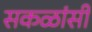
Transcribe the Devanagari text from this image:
सकळांसी